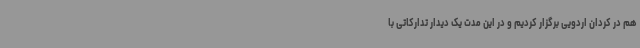
هم در کردان اردویی برگزار کردیم و در این مدت یک دیدار تدارکاتی با